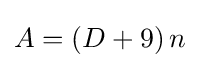
A=\left(D+9\right)n